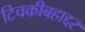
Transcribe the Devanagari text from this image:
टिचकीबहाद्दर